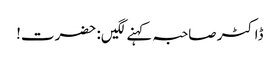
ڈاکٹر صاحبہ کہنے لگیں: حضرت!